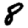
Digit: 8